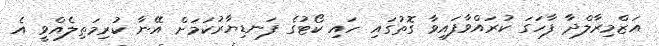
އަޒްމިރާލްދާ ފާހަގަ ކުރައްވާފައިވާ ގޮތުގައި ހައި ކޯޓުގެ ފަނޑިޔާރުކަމަށް އޭނާ ކުރިމަތިލެއްވީ އެ